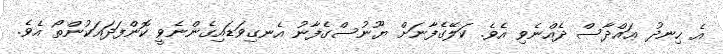
އެ ހިނދު ޢައްދާސް ދެއްނެވި އެވެ. ކަލޭގެފާނަށް ޔޫނުސްގެފާނު އެނގިވަޑައިގެންނެވީ ކޮންފަދައަކުންތޯ އެވެ.